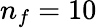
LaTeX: n_{f}=10